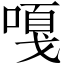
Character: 嘎